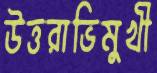
উত্তরাভিমুখী